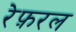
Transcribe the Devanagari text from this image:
रेफ़रल